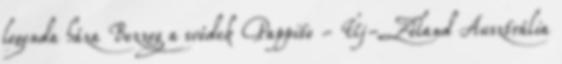
legenda háza Bezzeg a svédek Pappito - Új-Zéland Ausztrália